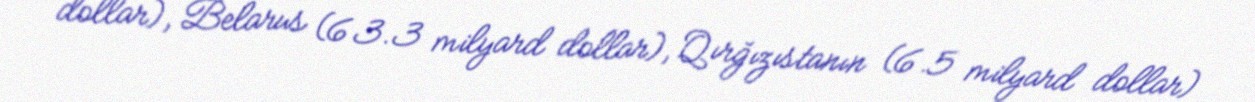
dollar), Belarus (63.3 milyard dollar), Qırğızıstanın (6.5 milyard dollar)